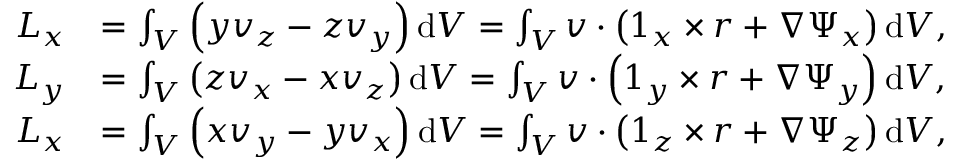
\begin{array} { r l } { L _ { x } } & { = \int _ { V } \left( y v _ { z } - z v _ { y } \right) \mathrm { d } V = \int _ { V } \boldsymbol { v } \boldsymbol { \cdot } \left( \boldsymbol { 1 } _ { x } \times \boldsymbol { r } + \nabla \Psi _ { x } \right) \mathrm { d } V , } \\ { L _ { y } } & { = \int _ { V } \left( z v _ { x } - x v _ { z } \right) \mathrm { d } V = \int _ { V } \boldsymbol { v } \boldsymbol { \cdot } \left( \boldsymbol { 1 } _ { y } \times \boldsymbol { r } + \nabla \Psi _ { y } \right) \mathrm { d } V , } \\ { L _ { x } } & { = \int _ { V } \left( x v _ { y } - y v _ { x } \right) \mathrm { d } V = \int _ { V } \boldsymbol { v } \boldsymbol { \cdot } \left( \boldsymbol { 1 } _ { z } \times \boldsymbol { r } + \nabla \Psi _ { z } \right) \mathrm { d } V , } \end{array}